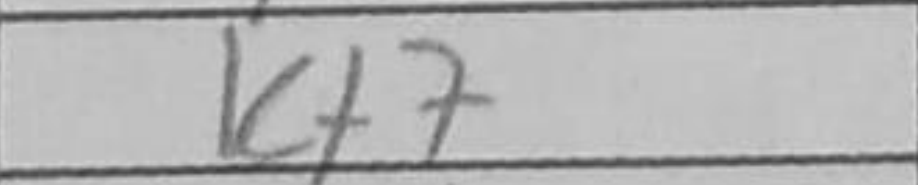
Transcription: Kf7